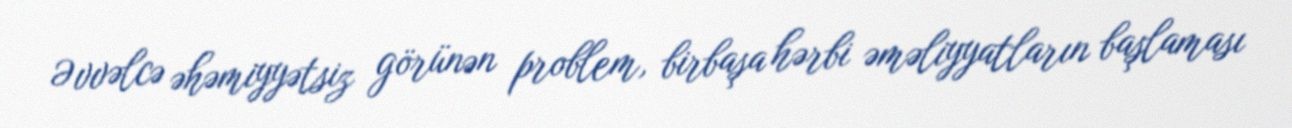
Əvvəlcə əhəmiyyətsiz görünən problem, birbaşa hərbi əməliyyatların başlaması